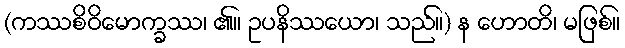
(ကဿစိဝိမောက္ခဿ၊ ၏။ ဥပနိဿယော၊ သည်။) န ဟောတိ၊ မဖြစ်။